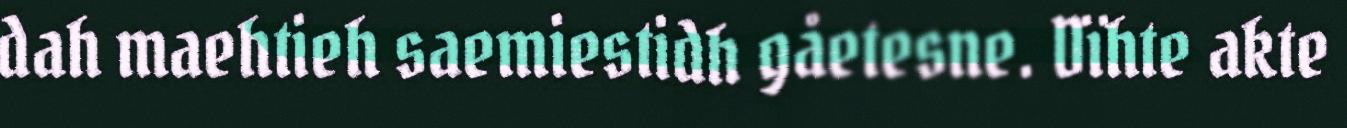
dah maehtieh saemiestidh gåetesne. Dïhte akte